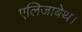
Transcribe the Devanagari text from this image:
एलिजाबेथ।